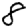
Digit: 8